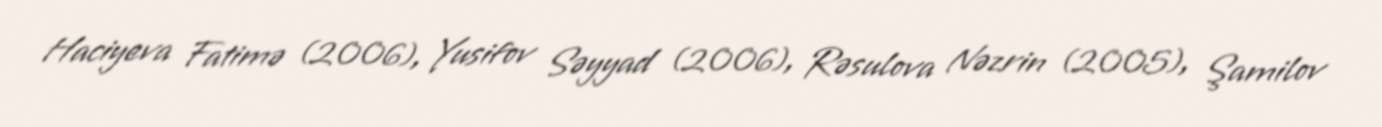
Haciyeva Fatimə (2006), Yusifov Səyyad (2006), Rəsulova Nəzrin (2005), Şamilov